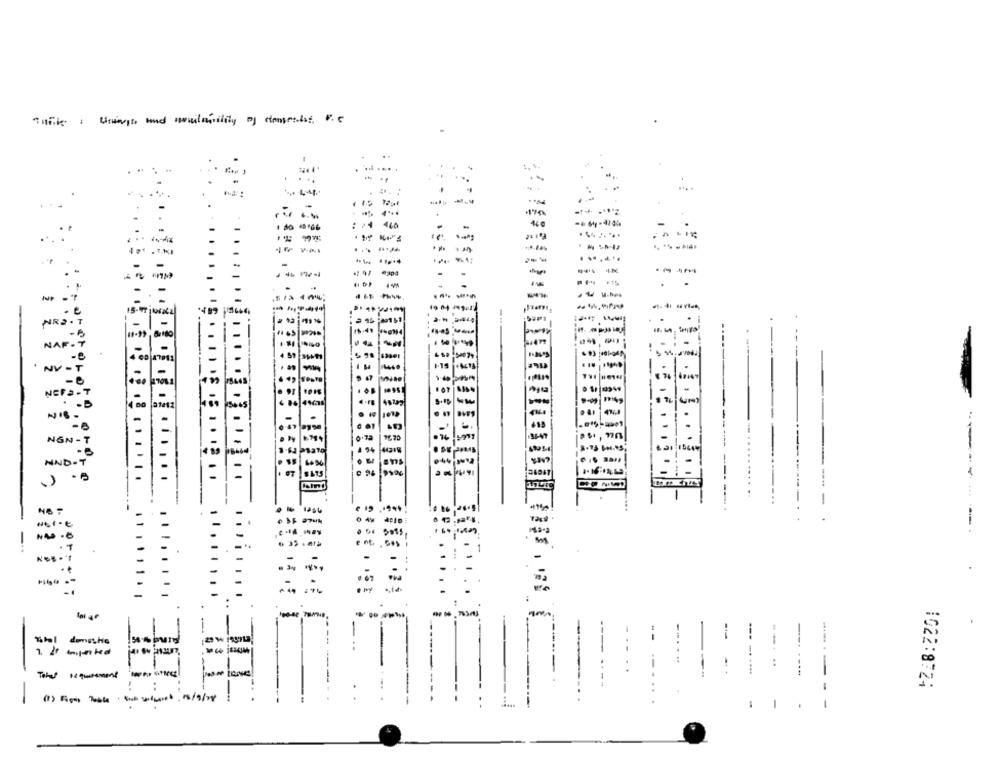
..
.
..
1 15
-- --
.......
----
-
--
. .
-
15-47 jtos22
2 15 -- 151
.
..
NR2 . 7
-B
NAR . ?
...
!.
4 57 31691
4 CD 47911
NV - T
-
5445
NCF2-7
..
1 -
-B
00
NIE .
NGN - T
3 . 15 KM . AS
131 15644
UND - T
...... .......
1
--- - .
-------
-
----
domestic
--....
:
---
1022:8724
-
(1) Fifth Table . twee, 1/9/10
-. .
-